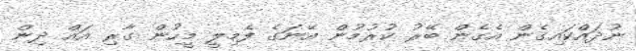
ނުދައްކައިގެން އެގެން ބޭރު ކުރުމުން އޭނަގެ ފެމިލީ މީހުން ގާރި އައް ދިން